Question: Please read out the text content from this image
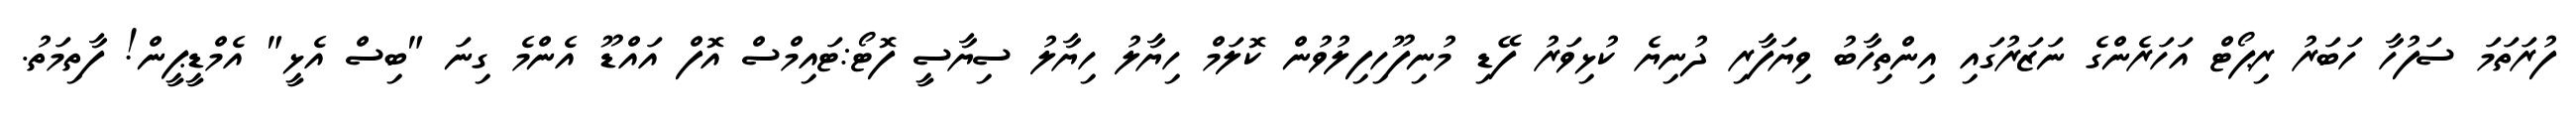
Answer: ފުރަތަމަ ސަފުހާ ހަބަރު ރިޕޯޓް އަހަރެންގެ ނަޒަރުގައި އިންތިހާބު ވިޔަފާރި ދުނިޔެ ކުޅިވަރު ފޭޑި މުނިފޫހިފިލުވުން ކޮލަމް ހިޔާލު ހިޔާލު ސިޔާސީ ފޮޓޯ:ޓައިމްސް އޮފް އައްޑޫ އެންމެ ގިނަ "ބިސް އެޅީ" އެމްޑީޕީން! ފާތިމަތު.